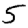
Digit: 5